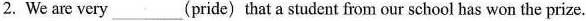
2. We are very ___ (pride) that a student from our school has won the prize.